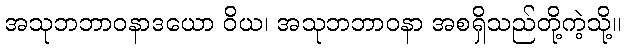
အသုဘဘာဝနာဒယော ဝိယ၊ အသုဘဘာဝနာ အစရှိသည်တို့ကဲ့သို့။